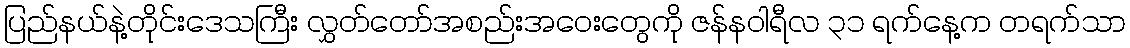
ပြည်နယ်နဲ့တိုင်းဒေသကြီး လွှတ်တော်အစည်းအဝေးတွေကို ဇန်နဝါရီလ ၃၁ ရက်နေ့က တရက်သာ